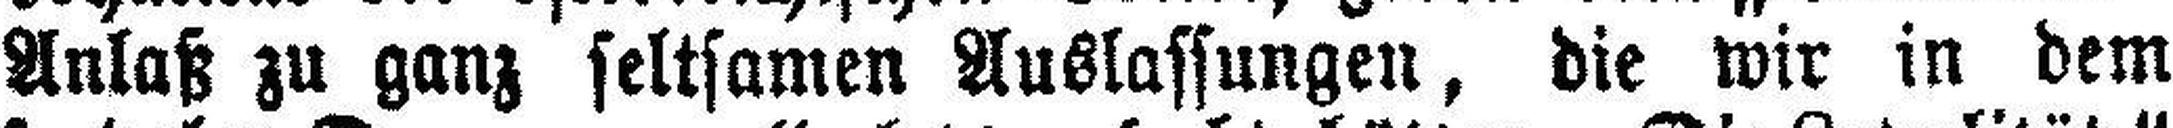
Anlaß zu ganz seltsamen Auslassungen, die wir in dem